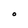
Character: O